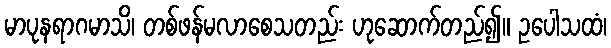
မာပုနရာဂမာသိ၊ တစ်ဖန်မလာစေသတည်း ဟုဆောက်တည်၍။ ဥပေါသထံ၊